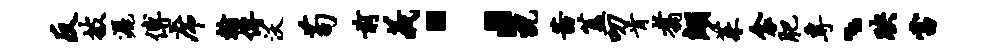
反披洒傅席翰传沃苟前义；猊茜盖叨肯翥翊茱衾肥专、映当